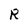
Character: R